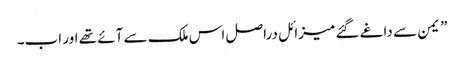
” یمن سے داغے گئے میزائل دراصل اس ملک سے آئے تھے اور اب۔